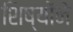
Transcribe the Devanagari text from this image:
शिष्योंने